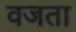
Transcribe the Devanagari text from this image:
वजता